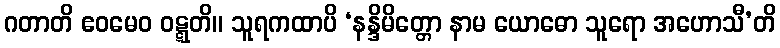
ဂတာတိ ဧဝမေဝ ဝဋ္ဋတိ။ သူရကထာပိ ‘နန္ဒိမိတ္တော နာမ ယောဓော သူရော အဟောသီ’တိ